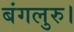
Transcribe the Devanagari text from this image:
बंगलुरु।